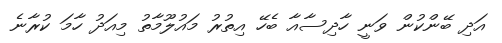
އަދި ބޭންކުން ވަނީ ހާދިސާއާ ބެހޭ އިތުރު މައުލޫމާތު މިއަދު ހާމަ ކުރާނެ